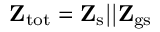
\mathbf { Z } _ { \mathrm { t o t } } = \mathbf { Z } _ { \mathrm { s } } \mathrm { | | \mathbf { Z } _ { \mathrm { g s } } }